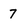
Character: 7